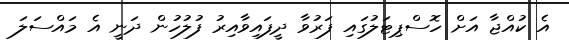
އެ ކުއްޖާ އަށް ހޮސްޕިޓަލުގައި ފަރުވާ ދީފައިވާއިރު ފުލުހުން ދަނީ އެ މައްސަލަ